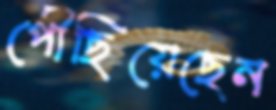
পৌঁছিয়েছেন